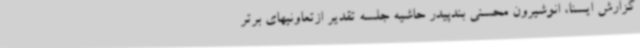
گزارش ایسنا، انوشیرون محسنی بندپیدر حاشیه جلسه تقدیر ازتعاونیهای برتر